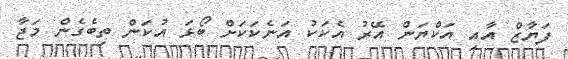
ފަޔާޒް އާއި އަކްޔަން އޭރު އެކަކު އަނެކަކަށް ބޯޅަ އުކަން ތިބެގެން މަޖާ